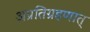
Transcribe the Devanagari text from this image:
अप्रतिग्रहणात्